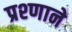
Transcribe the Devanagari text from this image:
प्रश्णाने